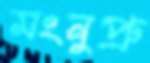
মংনুপ্রু